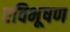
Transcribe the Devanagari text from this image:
रविभूषण